Scottish Leaving Certificate Examination, 1961
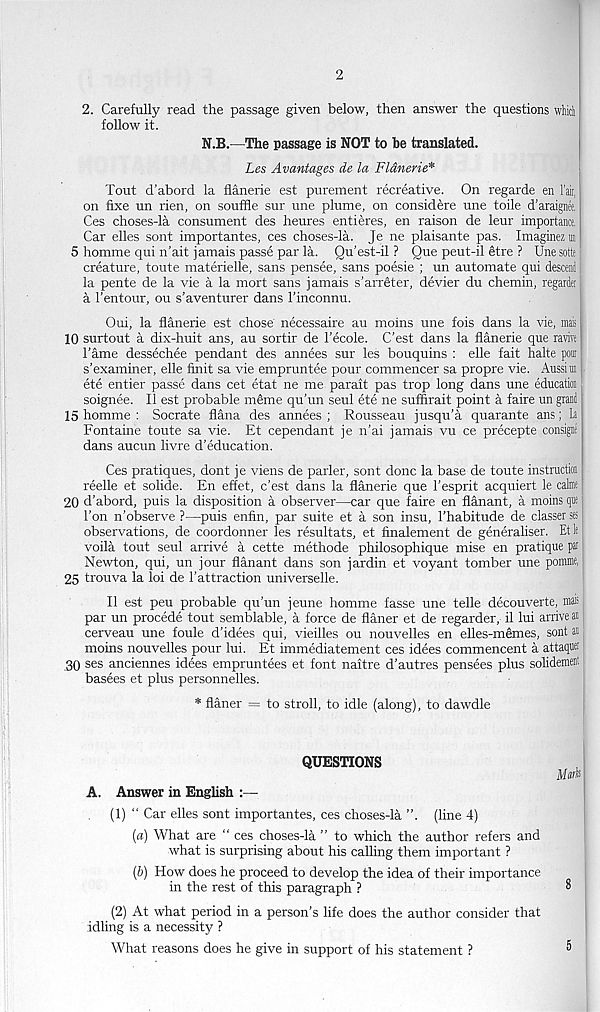
2
2. Carefully read the passage given below, then answer the questions which
follow it.
N.B.—The passage is NOT to be translated.
Les Avantages de la Flanerie*
Tout d'abord la flanerie est purement recreative. On regarde en lair,
on fixe un rien, on souffle sur une plume, on considere une toile d’araignee.
Ces choses-la consument des heures entieres, en raison de leur importance.
Car dies sont importantes, ces choses-la. Je ne plaisante pas. Imagines m
5 homme qui n’ait jamais passe par la. Qu'est-il ? Que peut-il etre ? Unesotte
creature, toute materielle, sans pensee, sans poesie ; un automate qui desceni
la pente de la vie a la mort sans jamais s’arrdter, devier du chemin, regardei
a I’entour, ou s’aventurer dans Finconnu.
Oui, la flanerie est chose necessaire au moins une fois dans la vie, mais
10 surtout a dix-huit ans, au sortir de I’ecole. C'est dans la flanerie que ravivt
Fame dessechee pendant des annees sur les bouquins : elle fait halte pout
s’examiner, elle finit sa vie empruntee pour commencer sa propre vie. Aussim
ete entier passe dans cet etat ne me parait pas trop long dans une education
soignee. II est probable mdme qu’un seul ete ne suffirait point a faire un grand
15 homme : Socrate flana des annees ; Rousseau jusqu’a quarante ans; La
Fontaine toute sa vie. Et cependant je n’ai jamais vu ce precepte consign
dans aucun livre d’education.
Ces pratiques, dont je viens de paiier, sont done la base de toute instruction
reelle et solide. En effet, c'est dans la flanerie que I'esprit acquiert le cata
20 d'abord, puis la disposition a observer—car que faire en flanant, a moins que
Ton n’observe ?—puis enfin, par suite et a son insu, 1’habitude de classer see
observations, de coordonner les resultats, et finalement de generaliser. Etle
voila tout seul arrive a cette methode philosophique mise en pratique par
Newton, qui, un jour flanant dans son jardin et voyant tomber une pomme,
25 trouva la loi de 1’attraction universelle.
II est peu probable qu’un jeune homme fasse une telle decouverte, main
par un precede tout semblable, a force de flaner et de regarder, il lui arrive an
cerveau une foule d’idees qui, vieilles ou nouvelles en elles-memes, sont»
moins nouvelles pour lui. Et immediatement ces idees commencent a attaqw
30 ses anciennes idees empruntees et font naitre d’autres pensees plus solidement
basees et plus personnelles.
* flaner = to stroll, to idle (along), to dawdle
QUESTIONS
A. Answer in English :—
(1) “ Car dies sont importantes, ces choses-la ”. (line 4)
[a) What are “ ces choses-la ” to which the author refers and
what is surprising about his calling them important ?
(&) How does he proceed to develop the idea of their importance
in the rest of this paragraph ?
(2) At what period in a person’s life does the author consider that
idling is a necessity ?
What reasons does he give in support of his statement ?
Ms*